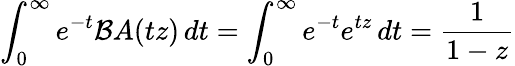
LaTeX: \int_{0}^{\infty}e^{-t}{\mathcal{B}}A(tz)\, dt=\int_{0}^{\infty}e^{-t}e^{tz}\, dt={\frac{1}{1-z}}